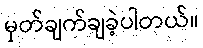
မှတ်ချက်ချခဲ့ပါတယ်။